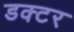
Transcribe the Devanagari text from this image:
डक्टर